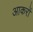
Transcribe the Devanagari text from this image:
आकरों